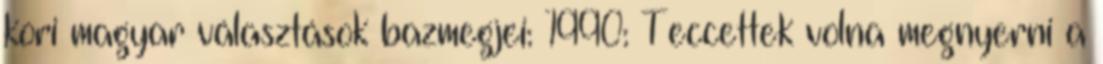
kori magyar választások bazmegjei: 1990: Teccettek volna megnyerni a